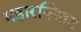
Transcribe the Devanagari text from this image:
महारक्खित